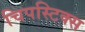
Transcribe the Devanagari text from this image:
चिपस्टिक्स